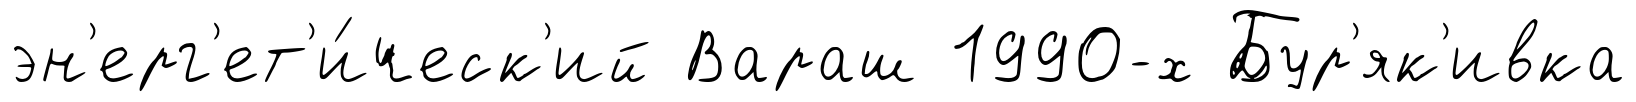
эн'ерг'ет'и́ческ'ий Вараш 1990-х Бур'як'ивка